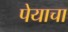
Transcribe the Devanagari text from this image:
पेयाचा